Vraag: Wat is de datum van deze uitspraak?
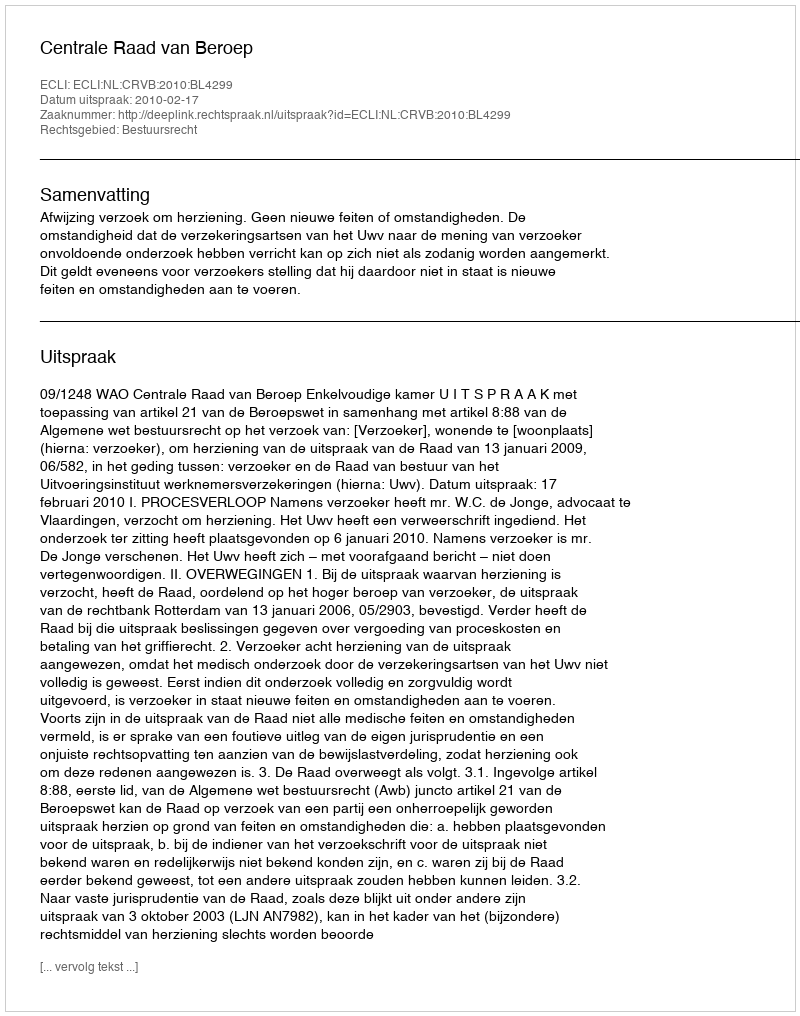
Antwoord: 2010-02-17